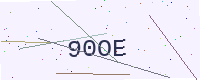
Text: 90OE